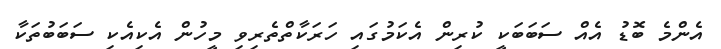
އެންމެ ބޮޑު އެއް ސަބަބަކީ ކުރިން އެކަމުގައި ހަރަކާތްތެރިވި މީހުން އެކިއެކި ސަބަބުތަކާ